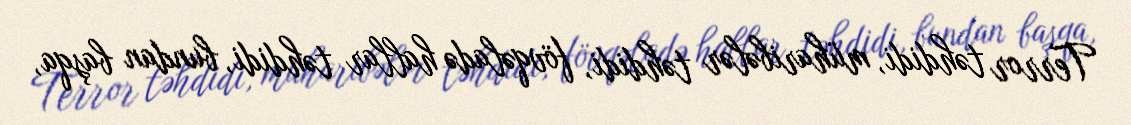
Terror təhdidi, müharibələr təhdidi, fövqəladə hallar təhdidi, bundan başqa,